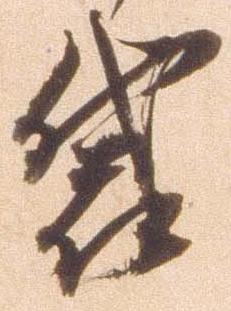
袋